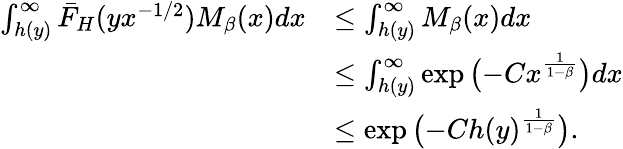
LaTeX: \begin{array}{rl}{\int_{h(y)}^{\infty}\bar{F}_{H}(yx^{-1/2})M_{\beta}(x)dx}&{\leq\int_{h(y)}^{\infty}M_{\beta}(x)dx}\\ &{\leq\int_{h(y)}^{\infty}\exp\big({-C}x^{\frac{1}{1-\beta}}\big)dx}\\ &{\leq\exp\big({-C}h(y)^{\frac{1}{1-\beta}}\big).}\end{array}